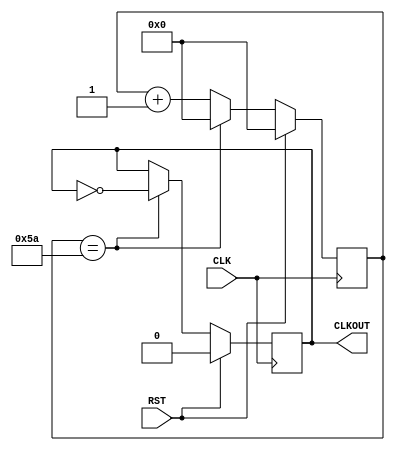
`timescale 1ns / 1ps
//////////////////////////////////////////////////////////////////////////////////
//
// Module Name:		ClkDiv_66_67kHz
// Project Name:	Joystick_Controller
// Target Devices:	ICEStick
// Tool versions:	iCEcube2
// Description: Converts input 12 MHz clock signal to a 66.67kHz clock signal for serial comm
//////////////////////////////////////////////////////////////////////////////////

// ==============================================================================
// 										  Define Module
// ==============================================================================
module ClkDiv_66_67kHz(
    CLK,										// 12MHz onbaord clock
    RST,										// Reset
    CLKOUT									// New clock output
    );

// ===========================================================================
// 										Port Declarations
// ===========================================================================
	input CLK;
	input RST;
	output CLKOUT;

// ===========================================================================
// 							  Parameters, Regsiters, and Wires
// ===========================================================================

	// Output register
	reg CLKOUT = 1'b1;

	// Value to toggle output clock at
	parameter cntEndVal = 7'b1011010;
	// Current count
	reg [6:0] clkCount = 7'b0000000;

// ===========================================================================
// 										Implementation
// ===========================================================================

	//----------------------------------------------
	// 66.67kHz Clock Divider, period 15us, for serial clock timing
	//----------------------------------------------
	always @(posedge CLK) begin

			// Reset clock
			if(RST == 1'b1) begin
					CLKOUT <= 1'b0;
					clkCount <= 0;
			end
			// Count/toggle normally
			else begin

					if(clkCount == cntEndVal) begin
							CLKOUT <= ~CLKOUT;
							clkCount <= 0;
					end
					else begin
							clkCount <= clkCount + 1'b1;
					end

			end

	end

endmodule